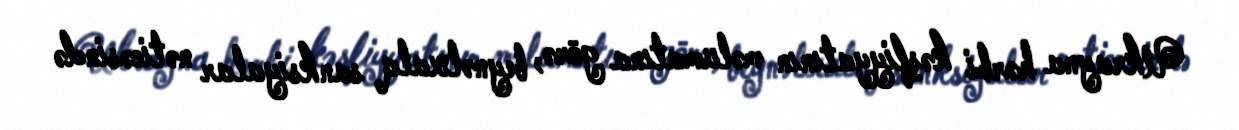
Ukrayna hərbi kəşfiyyatının məlumatına görə, beynəlxalq sanksiyalar nəticəsində